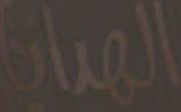
الهدايا